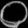
Digit: ၀